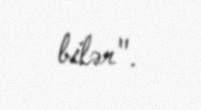
bilər".